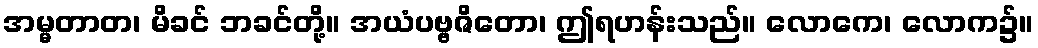
အမ္မတာတ၊ မိခင် ဘခင်တို့။ အယံပဗ္ဗဇိတော၊ ဤရဟန်းသည်။ လောကေ၊ လောက၌။